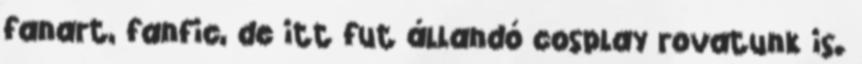
fanart, fanfic, de itt fut állandó cosplay rovatunk is.